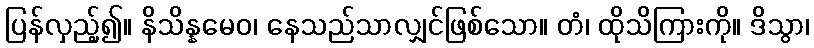
ပြန်လှည့်၍။ နိသိန္နမေဝ၊ နေသည်သာလျှင်ဖြစ်သော။ တံ၊ ထိုသိကြားကို။ ဒိသွာ၊